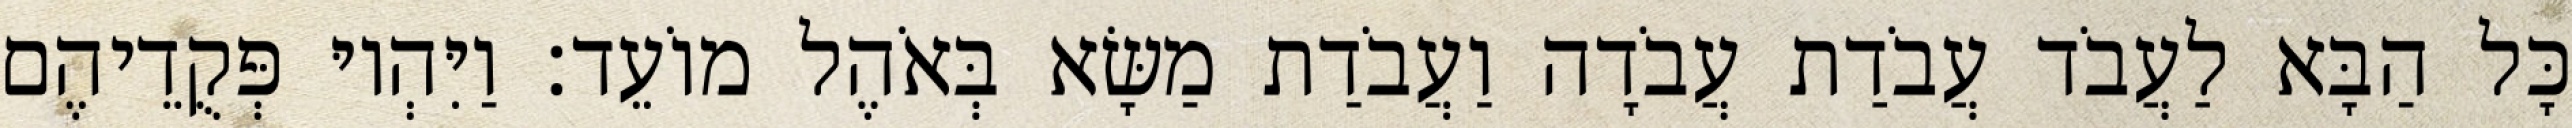
כָּל הַבָּא לַעֲבֹד עֲבֹדַת עֲבֹדָה וַעֲבֹדַת מַשָּׂא בְּאֹהֶל מוֹעֵד׃ וַיִּהְיוּ פְּקֻדֵיהֶם